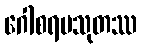
ဂေါစရပသုတဿ